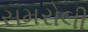
સમરોલી